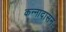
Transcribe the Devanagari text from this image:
कन्नादासन